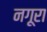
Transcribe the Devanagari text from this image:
नगूरा